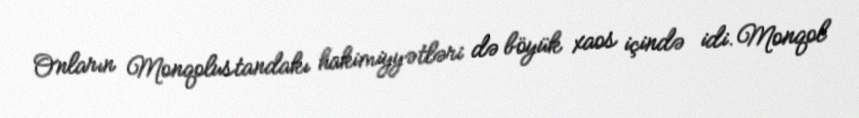
Onların Monqolustandakı hakimiyyətləri də böyük xaos içində idi. Monqol